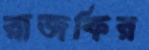
রাজকির